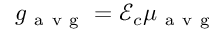
g _ { \mathrm { ~ a ~ v ~ g ~ } } = \mathcal { E } _ { c } \mu _ { \mathrm { ~ a ~ v ~ g ~ } }